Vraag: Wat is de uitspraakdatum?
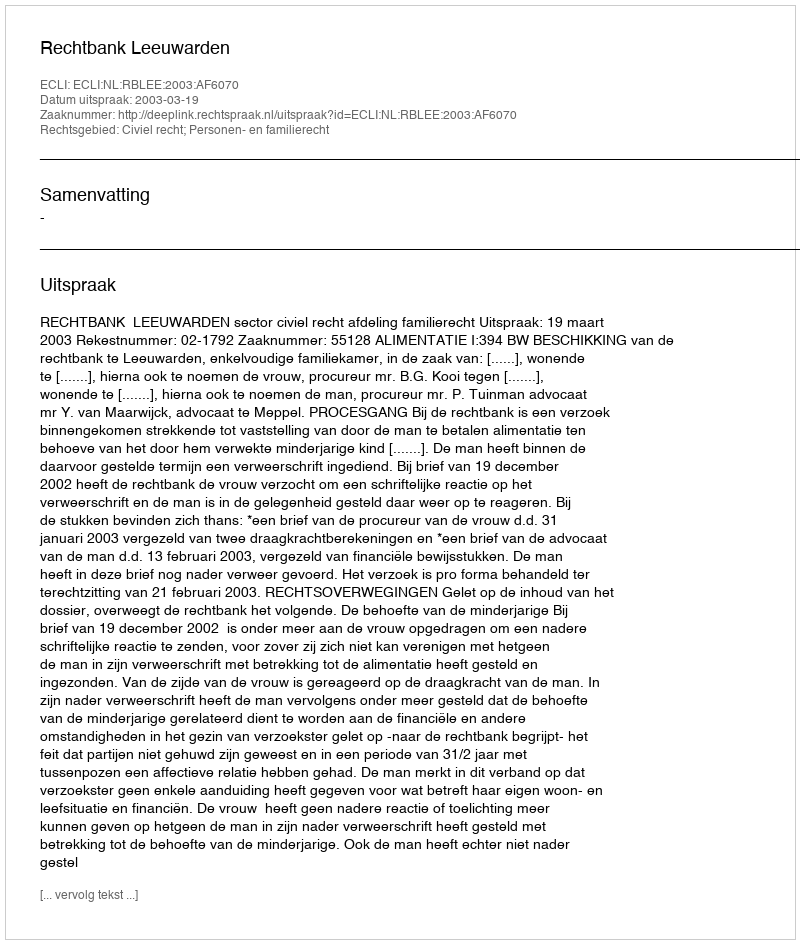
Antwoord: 2003-03-19